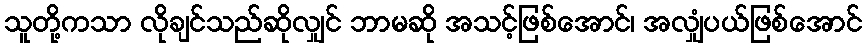
သူတို့ကသာ လိုချင်သည်ဆိုလျှင် ဘာမဆို အသင့်ဖြစ်အောင်၊ အလျှံပယ်ဖြစ်အောင်